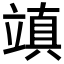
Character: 𥪧